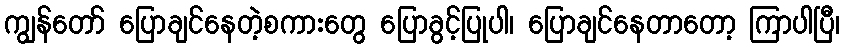
ကျွန်တော် ပြောချင်နေတဲ့စကားတွေ ပြောခွင့်ပြုပါ၊ ပြောချင်နေတာတော့ ကြာပါပြီ၊